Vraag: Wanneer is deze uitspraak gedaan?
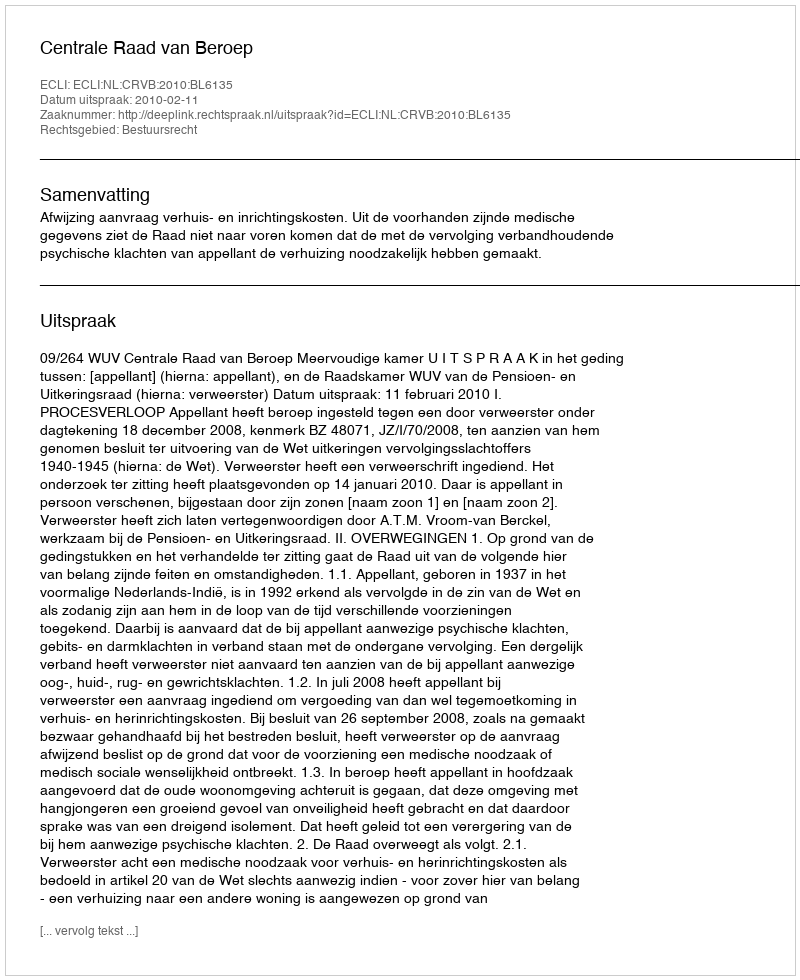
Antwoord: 2010-02-11